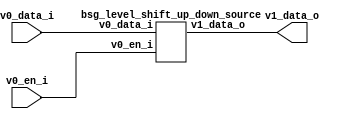


module top
(
  v0_en_i,
  v0_data_i,
  v1_data_o
);

  input [15:0] v0_data_i;
  output [15:0] v1_data_o;
  input v0_en_i;

  bsg_level_shift_up_down_source
  wrapper
  (
    .v0_data_i(v0_data_i),
    .v1_data_o(v1_data_o),
    .v0_en_i(v0_en_i)
  );


endmodule



module bsg_level_shift_up_down_source
(
  v0_en_i,
  v0_data_i,
  v1_data_o
);

  input [15:0] v0_data_i;
  output [15:0] v1_data_o;
  input v0_en_i;
  wire [15:0] v1_data_o;
  assign v1_data_o[15] = v0_data_i[15] & v0_en_i;
  assign v1_data_o[14] = v0_data_i[14] & v0_en_i;
  assign v1_data_o[13] = v0_data_i[13] & v0_en_i;
  assign v1_data_o[12] = v0_data_i[12] & v0_en_i;
  assign v1_data_o[11] = v0_data_i[11] & v0_en_i;
  assign v1_data_o[10] = v0_data_i[10] & v0_en_i;
  assign v1_data_o[9] = v0_data_i[9] & v0_en_i;
  assign v1_data_o[8] = v0_data_i[8] & v0_en_i;
  assign v1_data_o[7] = v0_data_i[7] & v0_en_i;
  assign v1_data_o[6] = v0_data_i[6] & v0_en_i;
  assign v1_data_o[5] = v0_data_i[5] & v0_en_i;
  assign v1_data_o[4] = v0_data_i[4] & v0_en_i;
  assign v1_data_o[3] = v0_data_i[3] & v0_en_i;
  assign v1_data_o[2] = v0_data_i[2] & v0_en_i;
  assign v1_data_o[1] = v0_data_i[1] & v0_en_i;
  assign v1_data_o[0] = v0_data_i[0] & v0_en_i;

endmodule